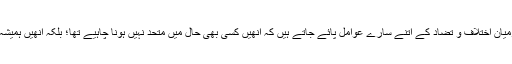
باعثِ عبرت ہونے کی وجہ یہ ہے کہ ان کے درمیان اختلاف و تضاد کے اتنے سارے عوامل پائے جاتے ہیں کہ اُنھیں کسی بھی حال میں متحد نہیں ہونا چاہیے تھا؛ بلکہ انھیں ہمیشہ اورہر طرح متحارب یا متصادم رہنا چاہیے تھا۔